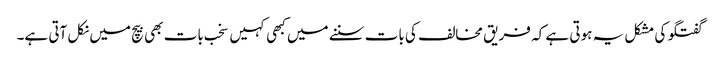
گفتگو کی مشکل یہ ہوتی ہے کہ فریق مخالف کی بات سننے میں کبھی کہیں سخب بات بھی بیچ میں نکل آتی ہے۔